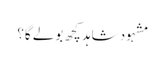
مشہود شاہد کچھ بولے گا؟